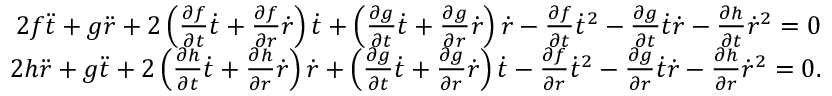
\begin{array} { r } { 2 f \ddot { t } + g \ddot { r } + 2 \left( \frac { \partial f } { \partial t } \dot { t } + \frac { \partial f } { \partial r } \dot { r } \right) \dot { t } + \left( \frac { \partial g } { \partial t } \dot { t } + \frac { \partial g } { \partial r } \dot { r } \right) \dot { r } - \frac { \partial f } { \partial t } \dot { t } ^ { 2 } - \frac { \partial g } { \partial t } \dot { t } \dot { r } - \frac { \partial h } { \partial t } \dot { r } ^ { 2 } = 0 } \\ { 2 h \ddot { r } + g \ddot { t } + 2 \left( \frac { \partial h } { \partial t } \dot { t } + \frac { \partial h } { \partial r } \dot { r } \right) \dot { r } + \left( \frac { \partial g } { \partial t } \dot { t } + \frac { \partial g } { \partial r } \dot { r } \right) \dot { t } - \frac { \partial f } { \partial r } \dot { t } ^ { 2 } - \frac { \partial g } { \partial r } \dot { t } \dot { r } - \frac { \partial h } { \partial r } \dot { r } ^ { 2 } = 0 . } \end{array}